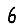
Digit: 6